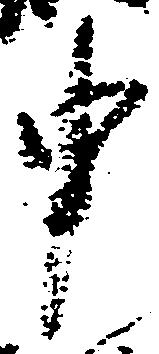
申